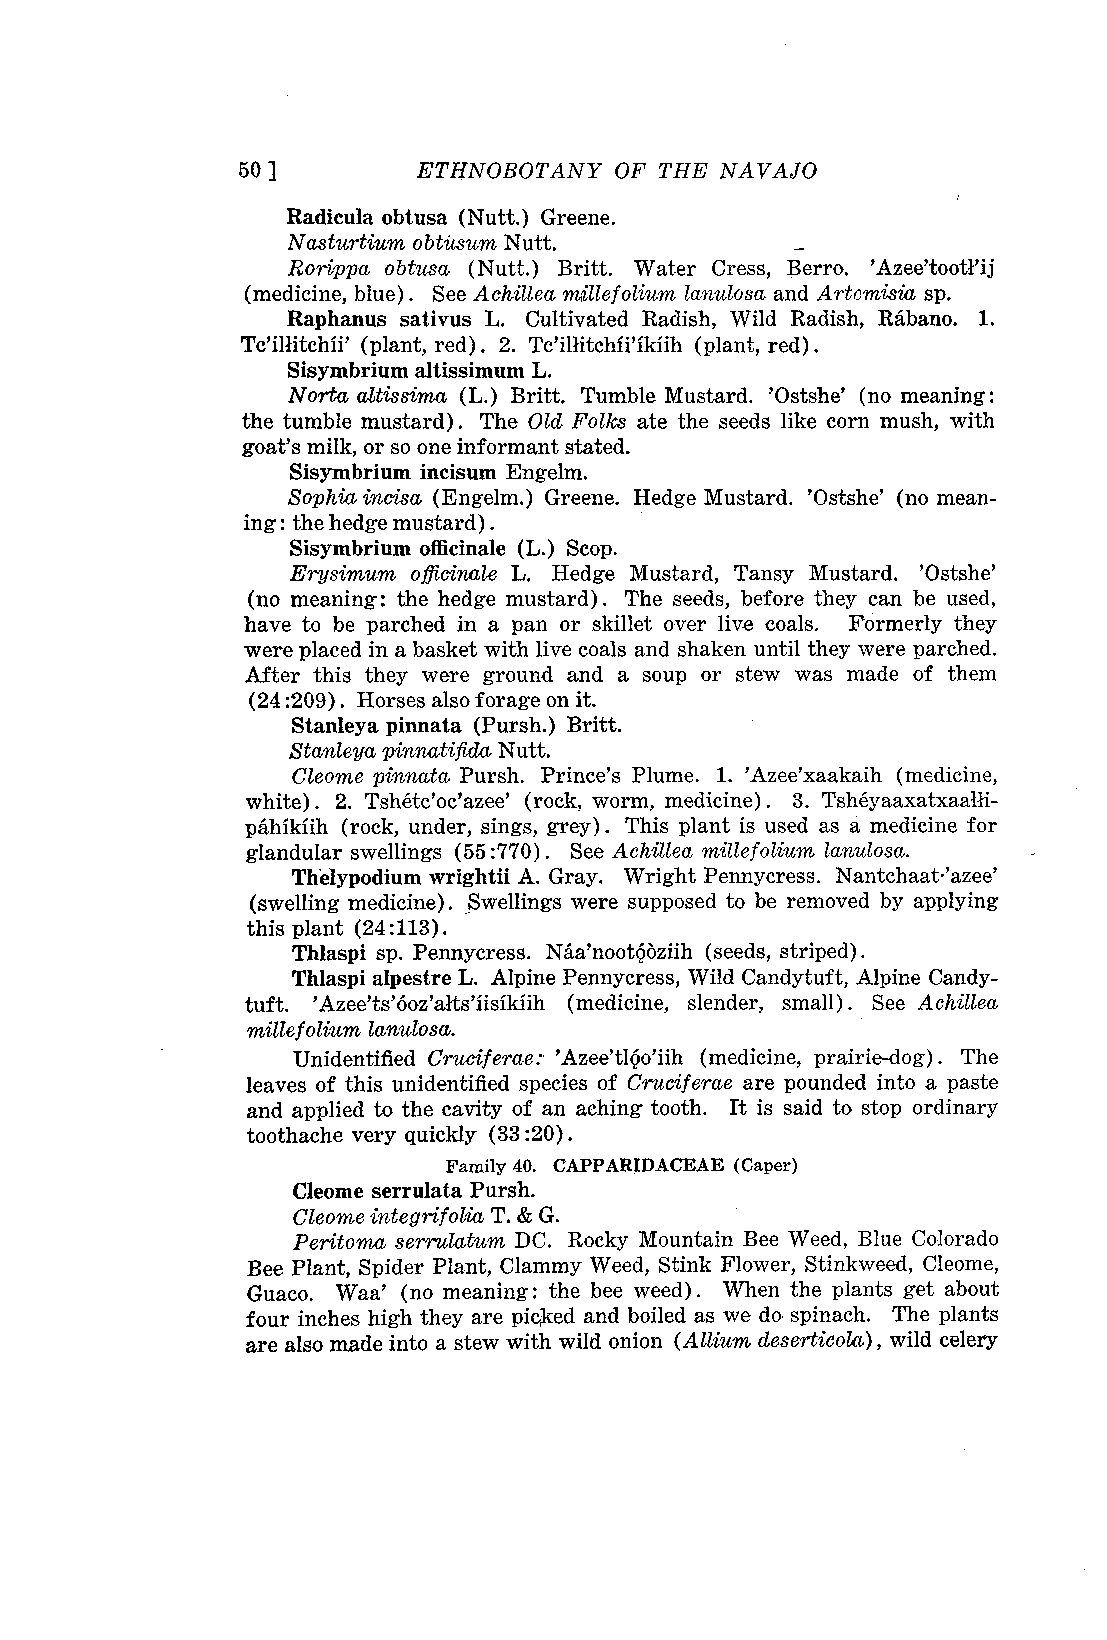
50 ]        ETHNOBOTANY  OF THE NAVAJO
 Radicula obtusa (Nutt.) Greene.
 Nasturtium obtusum Nutt.
 Rorippa obtusa (Nutt.) Britt. Water Cress, I3erro. 'Azeelootl'ij
 (medicine, blue). See AddIlea mçillefolium lanulosa and Artomisia sp.
 Raphanus sativus L. Cultivated Radish, Wild Radish, Raano. 1.
 Tc'illitchii' (plant, red). 2. Tc'illitchii'ikiih (plant, red).
 Sisymbrium altissimum L.
 Norta altissima (L.) Britt. Tumble Mustard. 'Ostshe' (no meaning :
 the tumble mustard). The Old Folks ate the seeds like corn mush, with
 goat's milk, or so one informant stated.
 Sisymbrium incisum Engelm.
 Sophia incisa (Engelm.) Greene. Hedge Mustard. 'Ostshe' (no mean-
 ing: the hedge mustard) .
 Sisymbrium officinale (L.) Scop.
 Erysimum officinale L. Hedge Mustard, Tansy Mustard. 'Ostshe'
 (no meaning: the hedge mustard). The seeds, before they can be used,
 have to be parched in a pan or skillet over live coals. Formerly they
 were placed in a basket with live coals and shaken until they were parched.
 After this they were ground and a soup or stew was made of them
 (24 :209) . Horses also forage on it.
 Stanleya pinnata (Pursh.) Britt.
 Stanleya pinnatifida Nutt.
 Cleome pinnata Pursh. Prince's Plume. 1. 'Azee'xaakaih (medicine,
 white). 2. Tshétc'oc'azee' (rock, worm, medicine) . 3. Tshéyaaxatxaalli-
 paikiih (rock, under, sings, grey). This plant is used as a medicine for
 glandular swellings (55 :770) . See Achillea mille folium lanulosa.
 Thelypodium wrightii A. Gray. Wright Pennycress. NantchaaVazee'
 (swelling medicine). Swellings were supposed to be removed by applying
 this plant (24:113).
 Thlaspi sp. Pennycress. Nâa'nootOziih (seeds, striped).
 Thlaspi alpestre L. Alpine Pennycress, Wild Candytuft, Alpine Candy-
 tuft. 'Azee'ts'6oz'alts'iisikiih (medicine, slender, small). See Achillea
 mine folium lanulosa.
 Unidentified Cruciferae: 'Azee'tlOo'iih (medicine, prairie-dog). The
 leaves of this unidentified species of Cruciferae are pounded into a paste
 and applied to the cavity of an aching tooth. It is said to stop ordinary
 toothache very quickly (33 :20).
 Family 40. CAPPARIDACEAE (Caper)
 Cleome serrulata Pursh.
 Cleome integrifolia T. & G.
 Peritoma serrulatum DC. Rocky Mountain Bee Weed, Blue Colorado
 Bee Plant, Spider Plant, Clammy Weed, Stink Flower, Stinkweed, Cleome,
 Guaco. Waa' (no meaning: the bee weed). When the plants get about
 four inches high they are picked and boiled as we da spinach. The plants
 are also made into a stew with wild onion (A ilium deserticola), wild celery